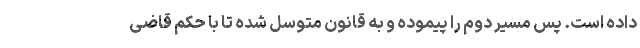
داده است. پس مسیر دوم را پیموده و به قانون متوسل شده تا با حکم قاضی